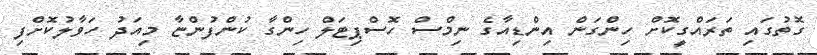
ގޮތުގައި ތަރައްގީކޮށް ހިންގަން އިންޑިއާގެ ނިމްސް ހޮސްޕިޓަލް ހިންގާ ކުންފުންޏާ މިއަދު ހަވާލުކޮށްފި